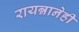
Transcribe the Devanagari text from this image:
रायन्नानेही